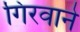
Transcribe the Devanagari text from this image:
गिरवाने